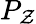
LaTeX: P_{\mathcal{Z}}